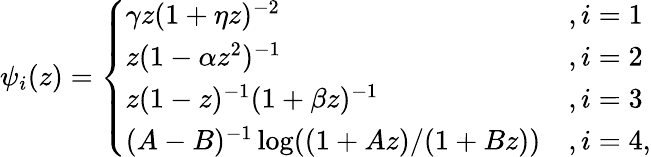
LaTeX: \begin{array}{r}{\psi_{i}(z)=\left\{ \begin{array}{ll}{\gamma z(1+\eta z)^{-2}}&{,i=1}\\ {z(1-\alpha z^{2})^{-1}}&{,i=2}\\ {z(1-z)^{-1}(1+\beta z)^{-1}}&{,i=3}\\ {(A-B)^{-1}\log((1+Az)/(1+Bz))}&{,i=4,}\end{array}\right.}\end{array}